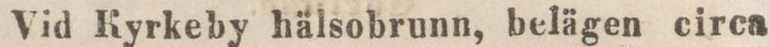
Vid Kyrkeby hälsobrunn, belägen circa